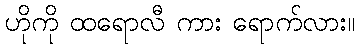
ဟိုကို ထရောလီ ကား ရောက်လား။